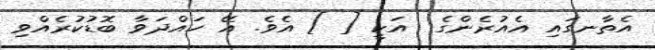
އެތާނގައި އެއުރެންގެ  އަކީ [ ] އެވެ. އޭ ހައްދަވާ ބޮޑުކުރެއްވި